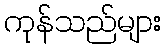
ကုန်သည်များ